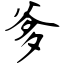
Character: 爹